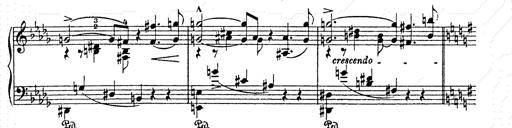
Title: AnnÃ©es de pÃ¨lerinage II
Composer: Franz Liszt